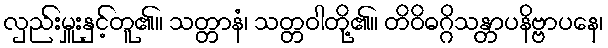
လှည်းမှူးနှင့်တူ၏။ သတ္တာနံ၊ သတ္တဝါတို့၏။ တိဝိဓဂ္ဂိသန္တာပနိဗ္ဗာပနေ၊